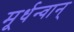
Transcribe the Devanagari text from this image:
मूर्धन्वान्